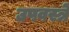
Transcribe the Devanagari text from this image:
उपवस्त्रे